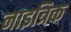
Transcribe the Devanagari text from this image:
नाइत्रिक